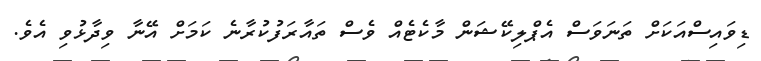
ޑިވައިސްއަކަށް ތަނަވަސް އެޕްލިކޭޝަން މާކެޓެއް ވެސް ތައާރަފުކުރާނެ ކަމަށް އޭނާ ވިދާޅުވި އެވެ.